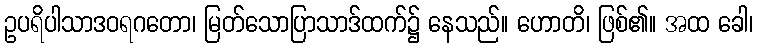
ဥပရိပါသာဒဝရဂတော၊ မြတ်သောပြာသာဒ်ထက်၌ နေသည်။ ဟောတိ၊ ဖြစ်၏။ အထ ခေါ၊